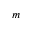
m